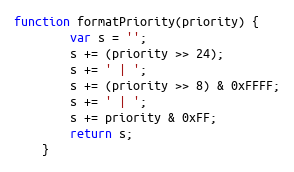
Language: JavaScript
function formatPriority(priority) {
        var s = '';
        s += (priority >> 24);
        s += ' | ';
        s += (priority >> 8) & 0xFFFF;
        s += ' | ';
        s += priority & 0xFF;
        return s;
    }